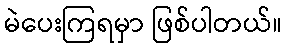
မဲပေးကြရမှာ ဖြစ်ပါတယ်။